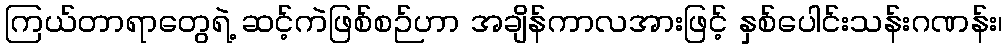
ကြယ်တာရာတွေရဲ့ ဆင့်ကဲဖြစ်စဉ်ဟာ အချိန်ကာလအားဖြင့် နှစ်ပေါင်းသန်းဂဏန်း၊